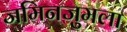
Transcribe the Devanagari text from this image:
जमिनजुमला